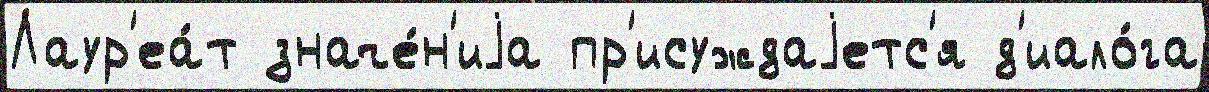
Лаур'еа́т значе́н'иjа пр'исуждаjетс'я д'иало́га